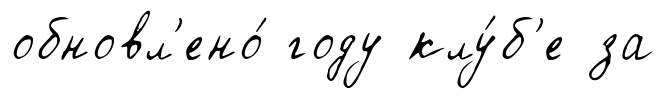
обновл'ено́ году клу́б'е за